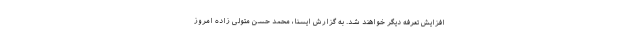
افزایش تعرفه دیگر خواهند شد. به گزارش ایسنا، محمد حسن متولی زاده امروز